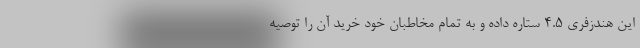
این هندزفری 4.5 ستاره داده و به تمام مخاطبان خود خرید آن را توصیه